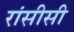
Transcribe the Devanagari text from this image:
रांसीसी